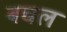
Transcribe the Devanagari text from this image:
बचल